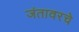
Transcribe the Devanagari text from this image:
जंतावरचे